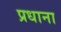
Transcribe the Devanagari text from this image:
प्रधाना